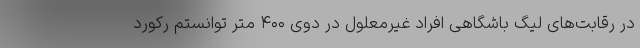
در رقابت‌های لیگ باشگاهی افراد غیرمعلول در دوی ۴۰۰ متر توانستم رکورد